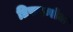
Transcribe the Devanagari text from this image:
डिफरन्सेज